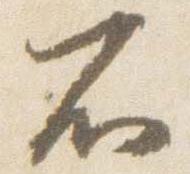
不